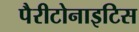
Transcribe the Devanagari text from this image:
पैरीटोनाइटिस